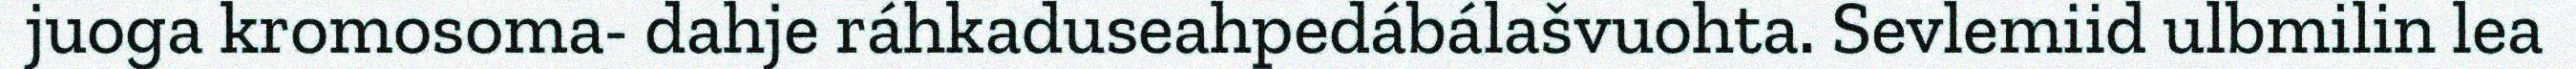
juoga kromosoma- dahje ráhkaduseahpedábálašvuohta. Sevlemiid ulbmilin lea